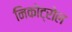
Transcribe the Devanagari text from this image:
निकोट्रोल